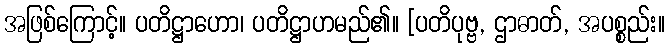
အဖြစ်ကြောင့်။ ပတိဋ္ဌာဟော၊ ပတိဋ္ဌာဟမည်၏။ [ပတိပုဗ္ဗ, ဌာဓာတ်, အပစ္စည်း။